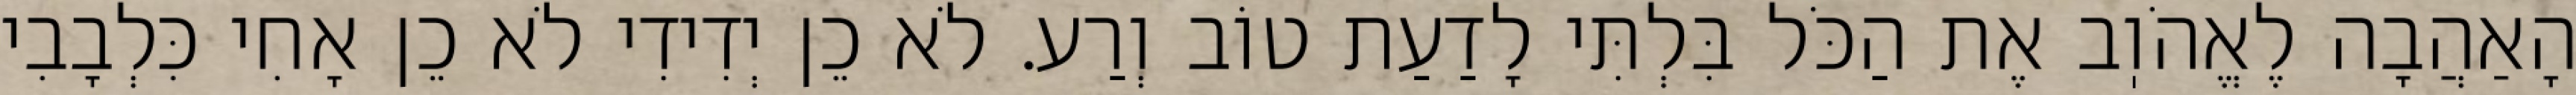
הָאַהֲבָה לֶאֱהֹוֽב אֶת הַכֹּל בִּלְתִּי לָדַעַת טוֹב וְרַע. לֹא כֵן יְדִידִי לֹא כֵן אָחִי כִּלְבָבִי